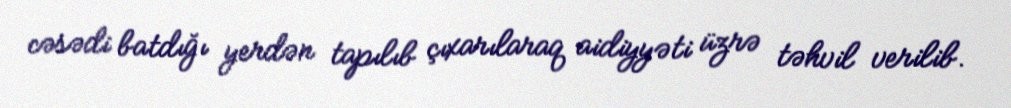
cəsədi batdığı yerdən tapılıb çıxarılaraq aidiyyəti üzrə təhvil verilib.